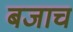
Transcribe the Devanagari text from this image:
बजाच